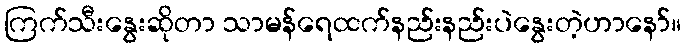
ကြက်သီးနွေးဆိုတာ သာမန်ရေထက်နည်းနည်းပဲနွေးတဲ့ဟာနော်။